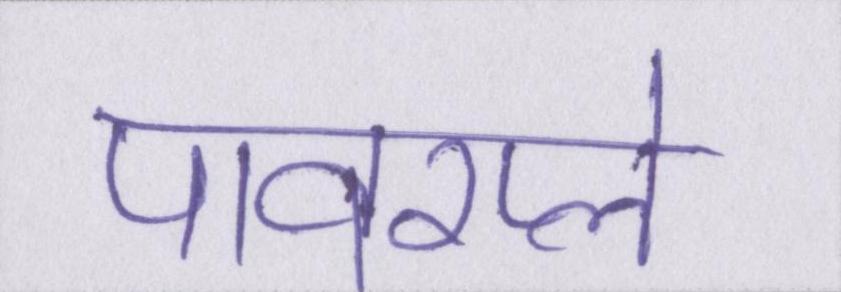
पावरप्ले